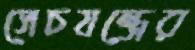
সেচযন্ত্রের